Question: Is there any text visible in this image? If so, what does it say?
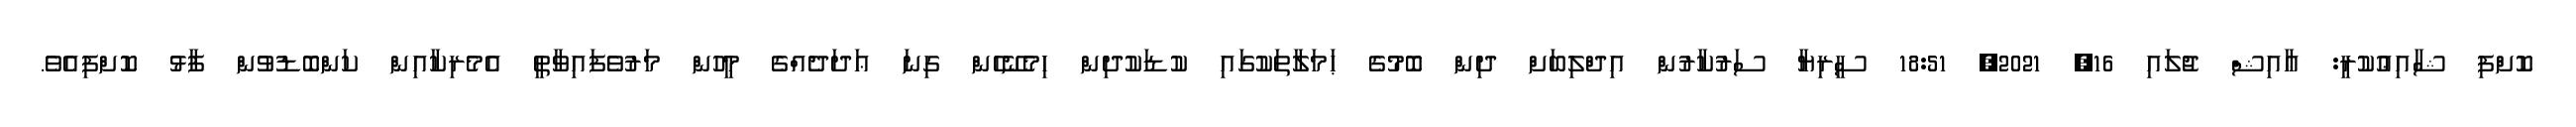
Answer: ކޮށްފި ޝާއިޢުކުރީ: ޢާއިޝް ޖުލައި 16, 2021, 18:51 ސީރިޔާ ސަރުކާރުން އިދްލިބަށް ދިން ބޮމުގެ ޙަމަލާތަކުގައި ކުޑަކުދިން ހިމެނޭހެން ގިނަ ޢަދަދެއްގެ މީހުން މަރުވެފައިވާތީ އެމެރިކާއިން ކަންބޮޑުވުން ފާޅު ކޮށްފިއެވެ.